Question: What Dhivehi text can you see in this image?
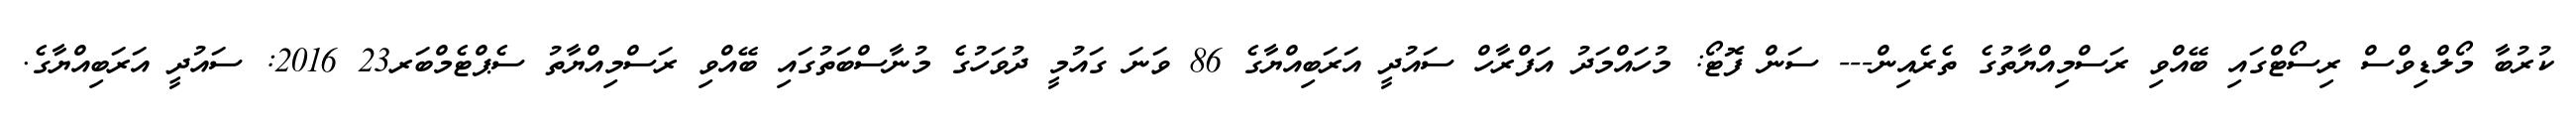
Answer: ކުރުބާ މޯލްޑިވްސް ރިސޯޓްގައި ބޭއްވި ރަސްމިއްޔާތުގެ ތެރެއިން--- ސަން ފޮޓޯ: މުހައްމަދު އަފްރާހް ސައުދީ އަރަބިއްޔާގެ 86 ވަނަ ގައުމީ ދުވަހުގެ މުނާސްބަތުގައި ބޭއްވި ރަސްމިއްޔާތު ސެޕްޓެމްބަރ23 2016: ސައުދީ އަރަބިއްޔާގެ.